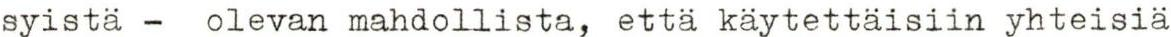
syistä - olevan mahdollista, että käytettäisiin yhteisiä